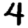
Digit: 4